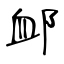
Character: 䘏